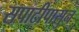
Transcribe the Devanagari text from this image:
सपाटीपासुन